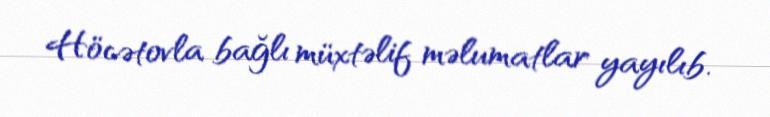
Höcətovla bağlı müxtəlif məlumatlar yayılıb.